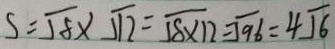
S = \sqrt { 8 } \times \sqrt { 1 2 } = \sqrt { 8 \times 1 2 } = \sqrt { 9 6 } = 4 \sqrt { 6 }